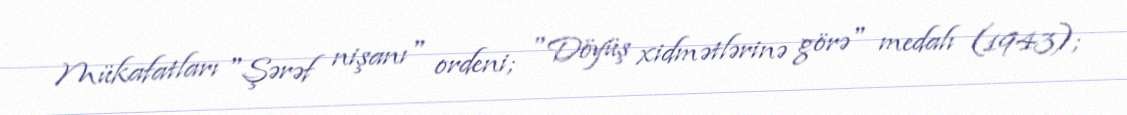
Mükafatları "Şərəf nişanı" ordeni; "Döyüş xidmətlərinə görə" medalı (1943);